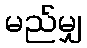
မည်မျှ